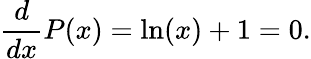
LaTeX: \frac{d}{dx}P(x)=\ln(x)+1=0.